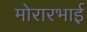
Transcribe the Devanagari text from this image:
मोरारभाई